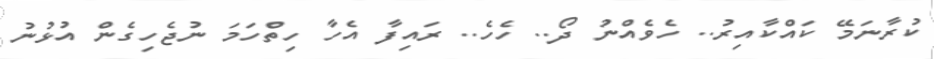
ކުރާނަމޭ ކައްކާއިރު.. ހެވެއްނު ދޯ.. ހެހެ.. ރައިފާ އެހާ ހިތްހަމަ ނުޖެހިގެން އުޅުނު